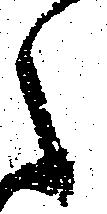
之